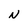
Character: N